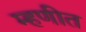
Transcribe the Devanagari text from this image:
म्हणीत